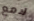
لامع